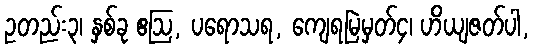
ဥတည်း၃၊ နှစ်ခု ဧဩ, ပရောသရ, ကျေရမြဲမှတ်၄၊ ဟိယျဇတ်ပါ,